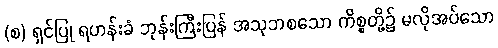
(စ) ရှင်ပြု ရဟန်းခံ ဘုန်းကြီးပြန် အသုဘစသော ကိစ္စတို့၌ မလိုအပ်သော